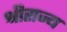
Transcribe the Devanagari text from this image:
श्रीराज्य